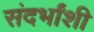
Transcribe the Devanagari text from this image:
संदर्भांंशी